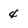
Character: 4